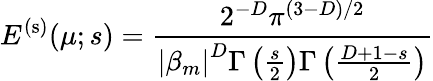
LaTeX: E^{\mathrm{(s)}}(\mu;s)=\frac{2^{-D}\pi^{(3-D)/2}}{\left|\beta_{m}\right|^{D}\Gamma\left(\frac{s}{2}\right)\Gamma\left(\frac{D+1-s}{2}\right)}